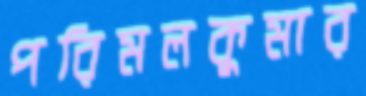
পরিমলকুমার